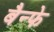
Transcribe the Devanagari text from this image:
बैन्फे